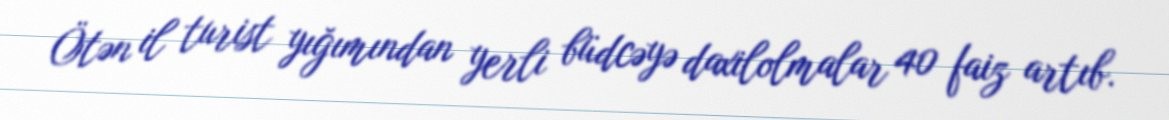
Ötən il turist yığımından yerli büdcəyə daxilolmalar 40 faiz artıb.